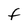
Character: f